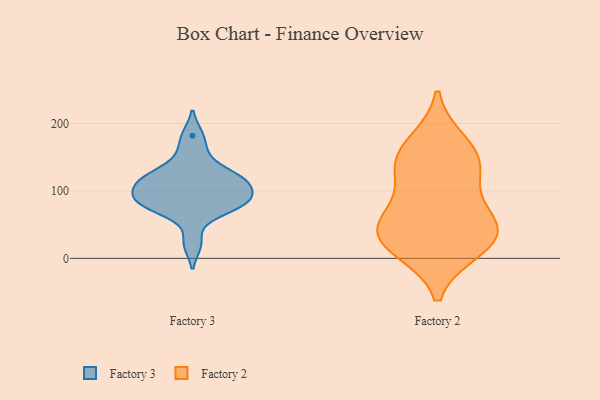
{"axis": {"x": "Demand Index", "y": "Value"}, "legend": ["Factory 2", "Factory 3"], "data": [{"x": "", "y": 121, "type": "Factory 3"}, {"x": "", "y": 117, "type": "Factory 3"}, {"x": "", "y": 86, "type": "Factory 3"}, {"x": "", "y": 101, "type": "Factory 3"}, {"x": "", "y": 22, "type": "Factory 3"}, {"x": "", "y": 100, "type": "Factory 3"}, {"x": "", "y": 120, "type": "Factory 3"}, {"x": "", "y": 81, "type": "Factory 3"}, {"x": "", "y": 122, "type": "Factory 3"}, {"x": "", "y": 77, "type": "Factory 3"}, {"x": "", "y": 70, "type": "Factory 3"}, {"x": "", "y": 88, "type": "Factory 3"}, {"x": "", "y": 154, "type": "Factory 3"}, {"x": "", "y": 182, "type": "Factory 3"}, {"x": "", "y": 139, "type": "Factory 2"}, {"x": "", "y": 24, "type": "Factory 2"}, {"x": "", "y": 46, "type": "Factory 2"}, {"x": "", "y": 123, "type": "Factory 2"}, {"x": "", "y": 69, "type": "Factory 2"}, {"x": "", "y": 33, "type": "Factory 2"}, {"x": "", "y": 149, "type": "Factory 2"}, {"x": "", "y": 15, "type": "Factory 2"}, {"x": "", "y": 46, "type": "Factory 2"}, {"x": "", "y": 170, "type": "Factory 2"}]}